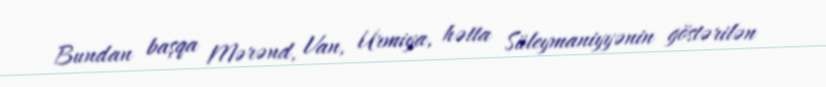
Bundan başqa Mərənd, Van, Urmiya, hətta Süleymaniyyənin göstərilən